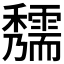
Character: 𥤃